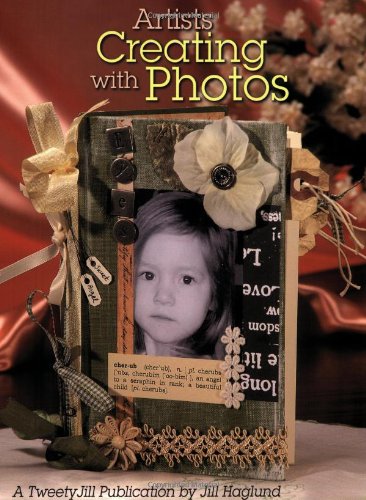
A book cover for Artists Creating with Photos; Jill Haglund; Crafts, Hobbies & Home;